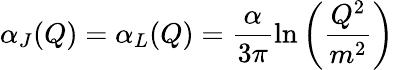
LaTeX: \alpha_{J}(Q)=\alpha_{L}(Q)=\frac{\alpha}{3\pi}\ln\left(\frac{Q^{2}}{m^{2}}\right)